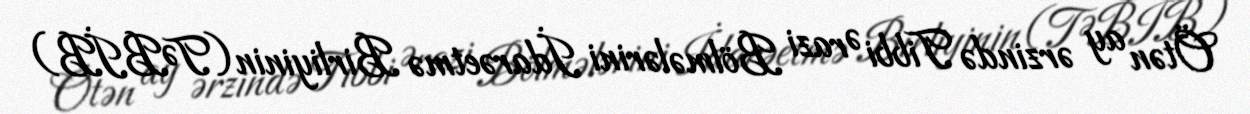
Ötən ay ərzində Tibbi Ərazi Bölmələrini İdarəetmə Birliyinin (TƏBİB)